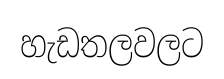
හැඩතලවලට